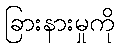
ခြားနားမှုကို